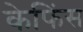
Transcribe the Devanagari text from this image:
केफिंस